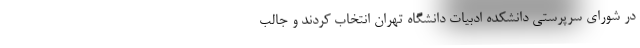
در شورای سرپرستی دانشکده ادبیات دانشگاه تهران انتخاب کردند و جالب